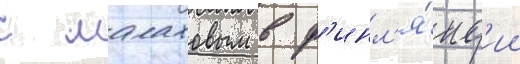
с малаховым в ф'инл'я́нд'ии